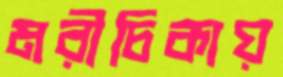
মরীচিকায়